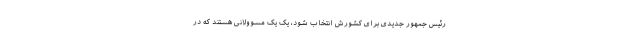
رئیس جمهور جدیدی برای کشورش انتخاب شود، یک یک مسوولانی هستند که در